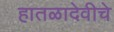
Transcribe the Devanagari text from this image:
हातळादेवीचे